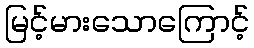
မြင့်မားသောကြောင့်